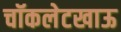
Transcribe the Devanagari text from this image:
चॉकलेटखाऊ